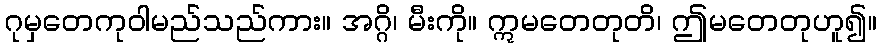
ဂုမှတေကုဝါမည်သည်ကား။ အဂ္ဂိ၊ မီးကို။ ဣမတေတုတိ၊ ဤမတေတုဟူ၍။